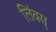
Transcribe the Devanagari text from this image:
लिंक्स्